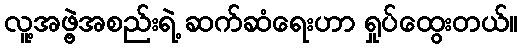
လူ့အဖွဲ့အစည်းရဲ့ ဆက်ဆံရေးဟာ ရှုပ်ထွေးတယ်။